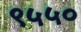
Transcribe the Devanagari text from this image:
९५५०